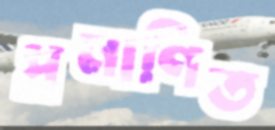
প্রমাণিত